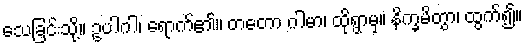
သေခြင်းသို့။ ဥပါဂါ၊ ရောက်၏။ တတော ဂါမာ၊ ထိုရွာမှ။ နိက္ခမိတွာ၊ ထွက်၍။